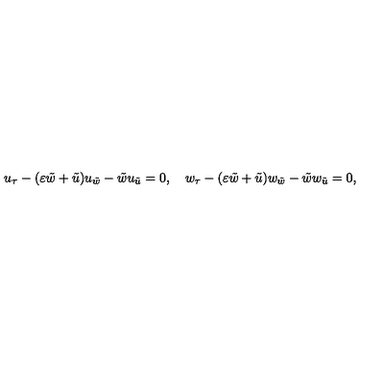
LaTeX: u _ { \tau } - ( \varepsilon { \tilde { w } } + { \tilde { u } } ) u _ { \tilde { w } } - { \tilde { w } } u _ { { \tilde { u } } } = 0 , \quad w _ { \tau } - ( \varepsilon { \tilde { w } } + { \tilde { u } } ) w _ { \tilde { w } } - { \tilde { w } } w _ { { \tilde { u } } } = 0 ,